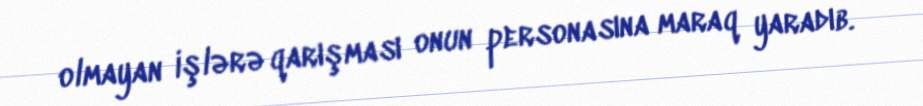
olmayan işlərə qarışması onun personasına maraq yaradıb.